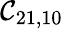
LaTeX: \mathcal{C}_{21,10}